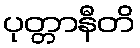
ပုတ္တာနီတိ